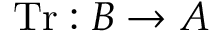
\operatorname { T r } : B \to A